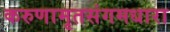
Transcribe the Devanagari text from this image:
करुणामृतसंगमधारा